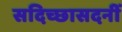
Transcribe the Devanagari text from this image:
सदिच्छासदनीं